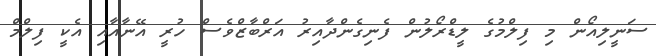
ސަނީލިއޯން މި ފިލްމުގެ ލީޑްރޯލުން ފެނިގެންދާއިރު އަރްބާޒްވެސް ހުރީ އޭނާއާއި އެކީ ފިލްމް